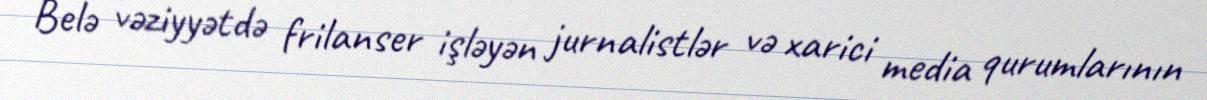
Belə vəziyyətdə frilanser işləyən jurnalistlər və xarici media qurumlarının